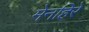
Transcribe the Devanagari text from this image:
मेनहिरे